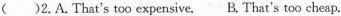
( )2.A.That's too expensive.B. That's too cheap.